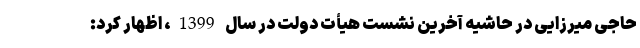
حاجی میرزایی در حاشیه آخرین نشست هیأت دولت در سال 1399، اظهار کرد: